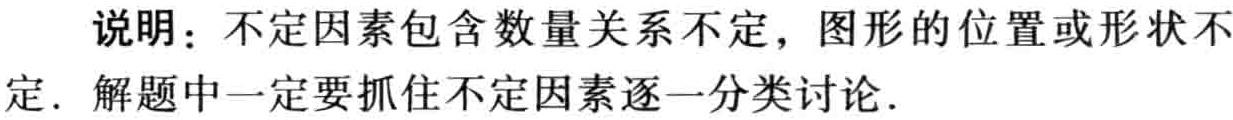
说明：不定因素包含数量关系不定，图形的位置或形状不定. 解题中一定要抓住不定因素逐一分类讨论.